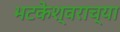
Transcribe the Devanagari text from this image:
भटकेश्वराच्या